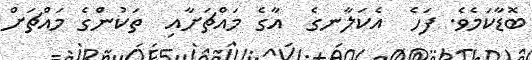
ބޮޑާކަމެވެ. ފަހެ  އެކަލާނގެ  އާގެ މައްޗަށާއި  ތަކުންގެ މައްޗަށް